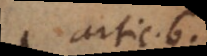
artic. 6